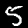
Digit: 5